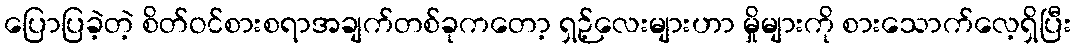
ပြောပြခဲ့တဲ့ စိတ်ဝင်စားစရာအချက်တစ်ခုကတော့ ရှဉ့်လေးများဟာ မှိုများကို စားသောက်လေ့ရှိပြီး